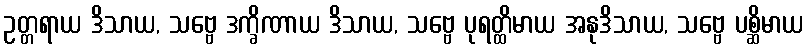
ဥတ္တရာယ ဒိသာယ, သဗ္ဗေ ဒက္ခိဏာယ ဒိသာယ, သဗ္ဗေ ပုရတ္ထိမာယ အနုဒိသာယ, သဗ္ဗေ ပစ္ဆိမာယ